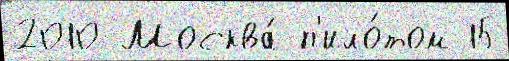
2010 Москва́ п'ило́том 15